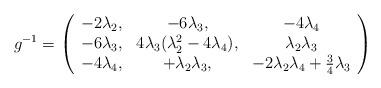
LaTeX: \begin{align*}g^{-1} = \left( \begin{array}{ccc}- 2 \lambda_2, & - 6 \lambda_3, & - 4 \lambda_4 \\- 6 \lambda_3, & 4 \lambda_3(\lambda^2_2 - 4 \lambda_4), & \lambda_2 \lambda_3 \\- 4 \lambda_4, & + \lambda_2 \lambda_3, & -2 \lambda_2 \lambda_4 + \frac34 \lambda_3 \end{array} \right)\end{align*}